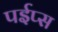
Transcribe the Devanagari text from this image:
पईप्स